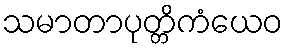
သမာတာပုတ္တိကံယေဝ